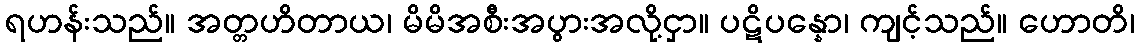
ရဟန်းသည်။ အတ္တဟိတာယ၊ မိမိအစီးအပွားအလို့ငှာ။ ပဋိပန္နော၊ ကျင့်သည်။ ဟောတိ၊